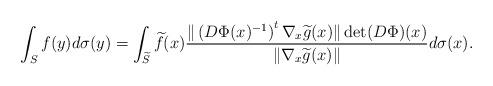
LaTeX: \begin{align*}\int_{S} f(y) d\sigma(y) = \int_{\widetilde{S}} \widetilde{f}(x) \frac{\|\left(D\Phi(x)^{-1}\right)^t \nabla_x \widetilde{g}(x)\| \det(D\Phi)(x)}{\|\nabla_x \widetilde{g}(x)\|} d\sigma(x).\end{align*}